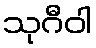
သုဂီဝါ